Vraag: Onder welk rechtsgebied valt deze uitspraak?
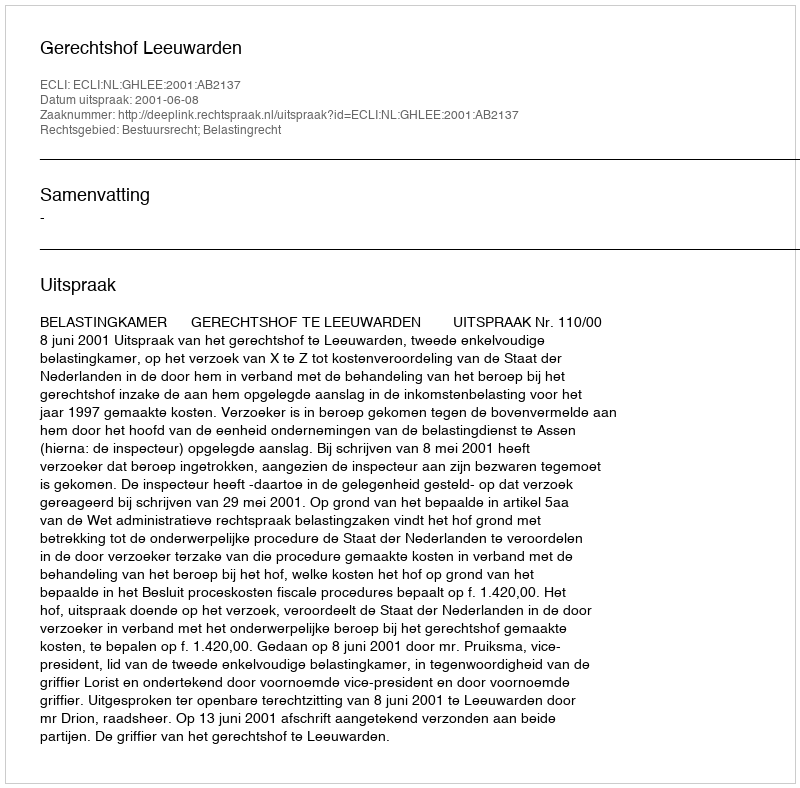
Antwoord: Bestuursrecht; Belastingrecht